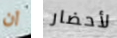
ان لأحضار